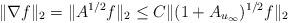
LaTeX: \begin{align*}\|\nabla f\|_2=\|A^{1/2}f\|_2\leq C\|(1+A_{u_\infty})^{1/2}f\|_2\end{align*}